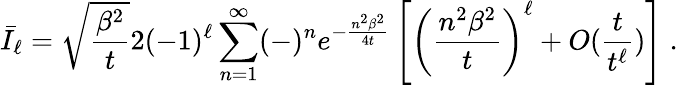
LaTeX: \bar{I}_{\ell}=\sqrt{\frac{\beta^{2}}{t}}2(-1)^{\ell}\sum_{n=1}^{\infty}(-)^{n}e^{-\frac{n^{2}\beta^{2}}{4t}}\left[\left(\frac{n^{2}\beta^{2}}{t}\right)^{\ell}+O(\frac{t}{t^{\ell}})\right]\; .